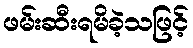
ဖမ်းဆီးရမိခဲ့သဖြင့်